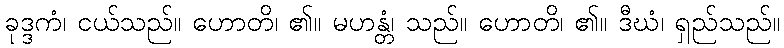
ခုဒ္ဒကံ၊ ငယ်သည်။ ဟောတိ၊ ၏။ မဟန္တံ၊ သည်။ ဟောတိ၊ ၏။ ဒီဃံ၊ ရှည်သည်။